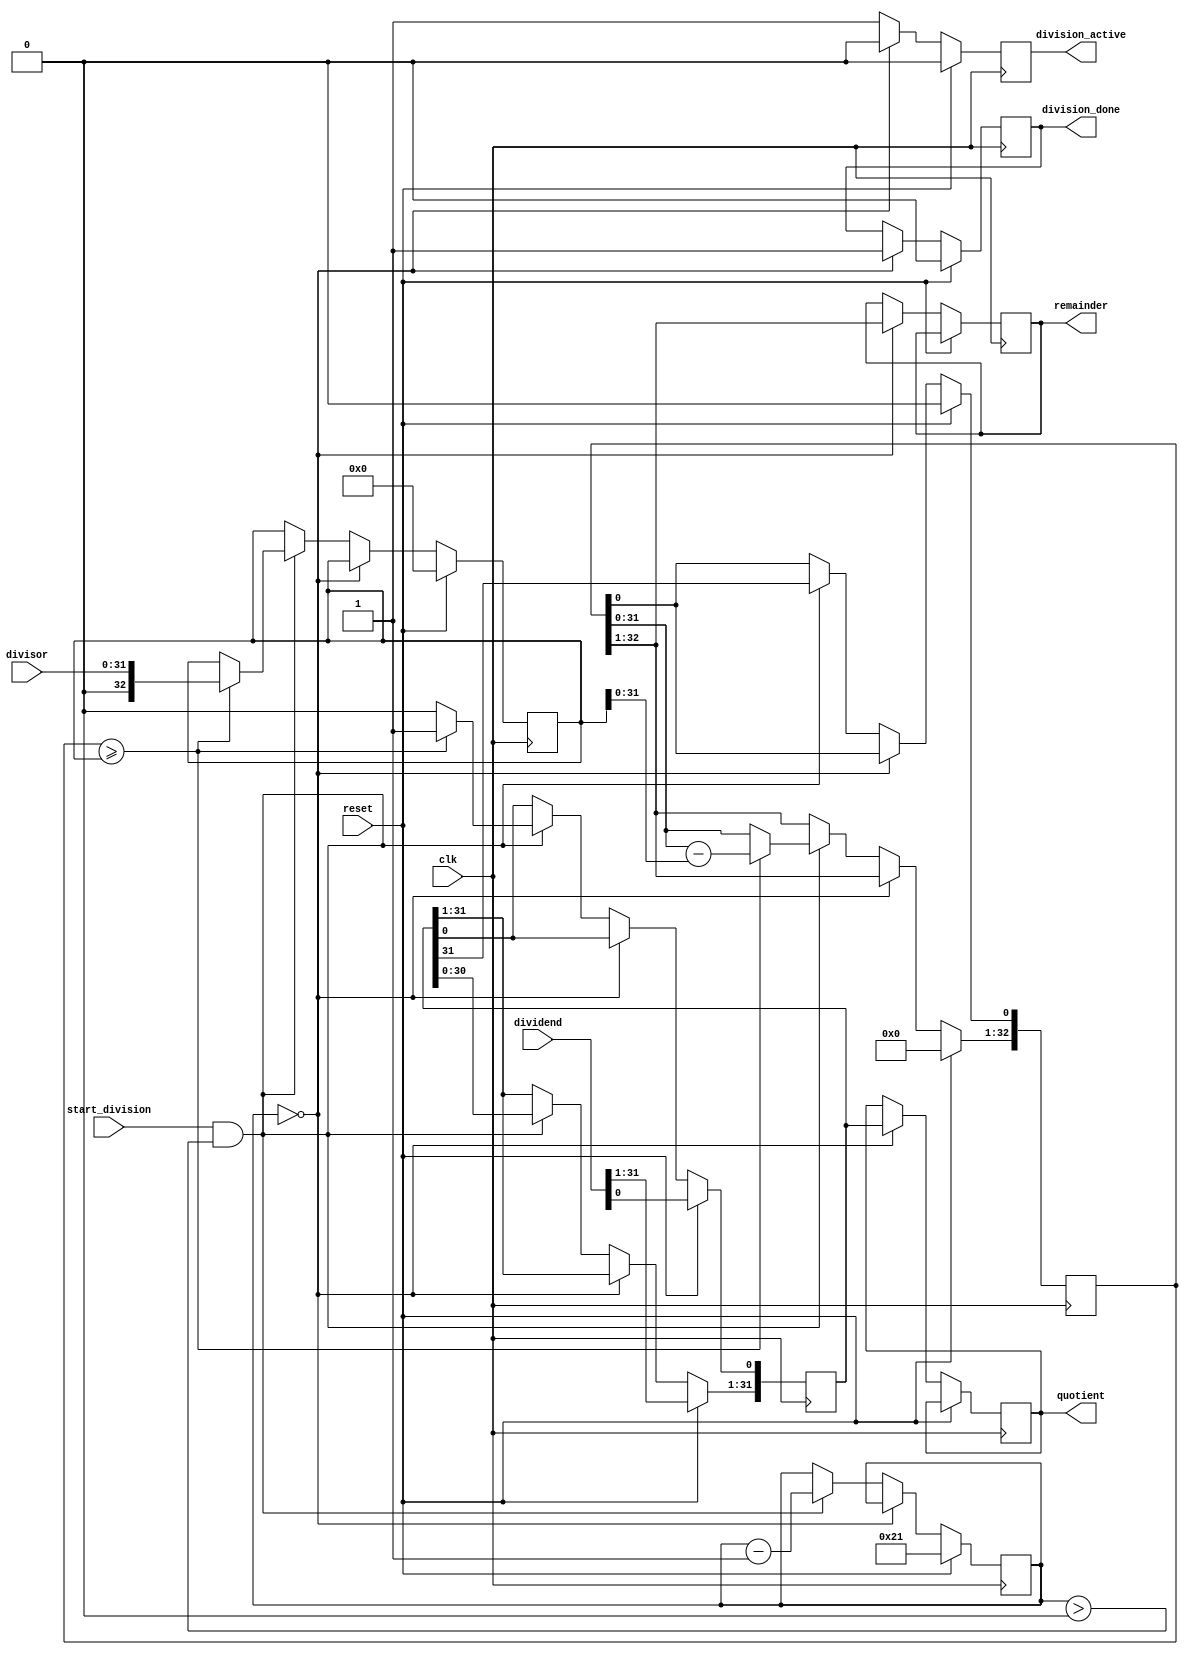
//////////////////////////////////////////////////////////////////////////////////
// Company: Hacettepe University MNS Labs
// Engineer: 
// 
// Design Name: BLDC
// Module Name: Divider32bit
// Target Devices: 
// Tool Versions: 
// Description: 
// 
// Dependencies: 
// 
// Revision:
// Revision 0.01 - File Created
// Additional Comments:
// 
//////////////////////////////////////////////////////////////////////////////////

module Divider32bit (
   input      clk,
   input      reset,
   input      start_division,
   input [31:0] dividend,    
   input [31:0] divisor,  
   output reg [31:0] quotient, 
   output reg [31:0] remainder, 
   output reg division_active,
  	output reg division_done
);

  reg [5:0] division_cycle;
   reg [32:0] store_divisor;   
   reg [32:0] shifting_divisor;    
   reg [31:0] shifting_dividend;    

   // State machine
   always @(posedge clk) begin
      if (reset) begin
         store_divisor <= 33'b0;
         shifting_divisor <= 33'b0;
         shifting_dividend <= dividend;
         division_active <= 0;
      	 division_cycle <= 6'b100001; 
       	division_done<=0;
      end
		else if (division_cycle == 6'b000000) begin
         division_active <= 0;
         quotient <= shifting_dividend;
         remainder <= shifting_divisor[32:1];
         division_done<=1;
      end
      else if (start_division && (division_cycle > 0)) begin
         shifting_divisor <= {shifting_divisor[31:0], shifting_dividend[31]};
         shifting_dividend <= {shifting_dividend[30:0], 1'b0};
         
        if (shifting_divisor >= store_divisor) begin
            store_divisor <= {1'b0, divisor};  
            shifting_divisor <= 33'b0;
            shifting_divisor[32:1] <= shifting_divisor[31:0] - store_divisor[31:0];
            shifting_divisor[0] <= shifting_dividend[31]; 
            shifting_dividend[0] <= 1;
         end
        division_cycle <= division_cycle - 1;
       	
         division_active <= 1;
      end else begin
         division_active <= 1;
      end
     
   end
endmodule